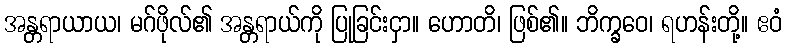
အန္တရာယာယ၊ မဂ်ဖိုလ်၏ အန္တရာယ်ကို ပြုခြင်းငှာ။ ဟောတိ၊ ဖြစ်၏။ ဘိက္ခဝေ၊ ရဟန်းတို့။ ဧဝံ